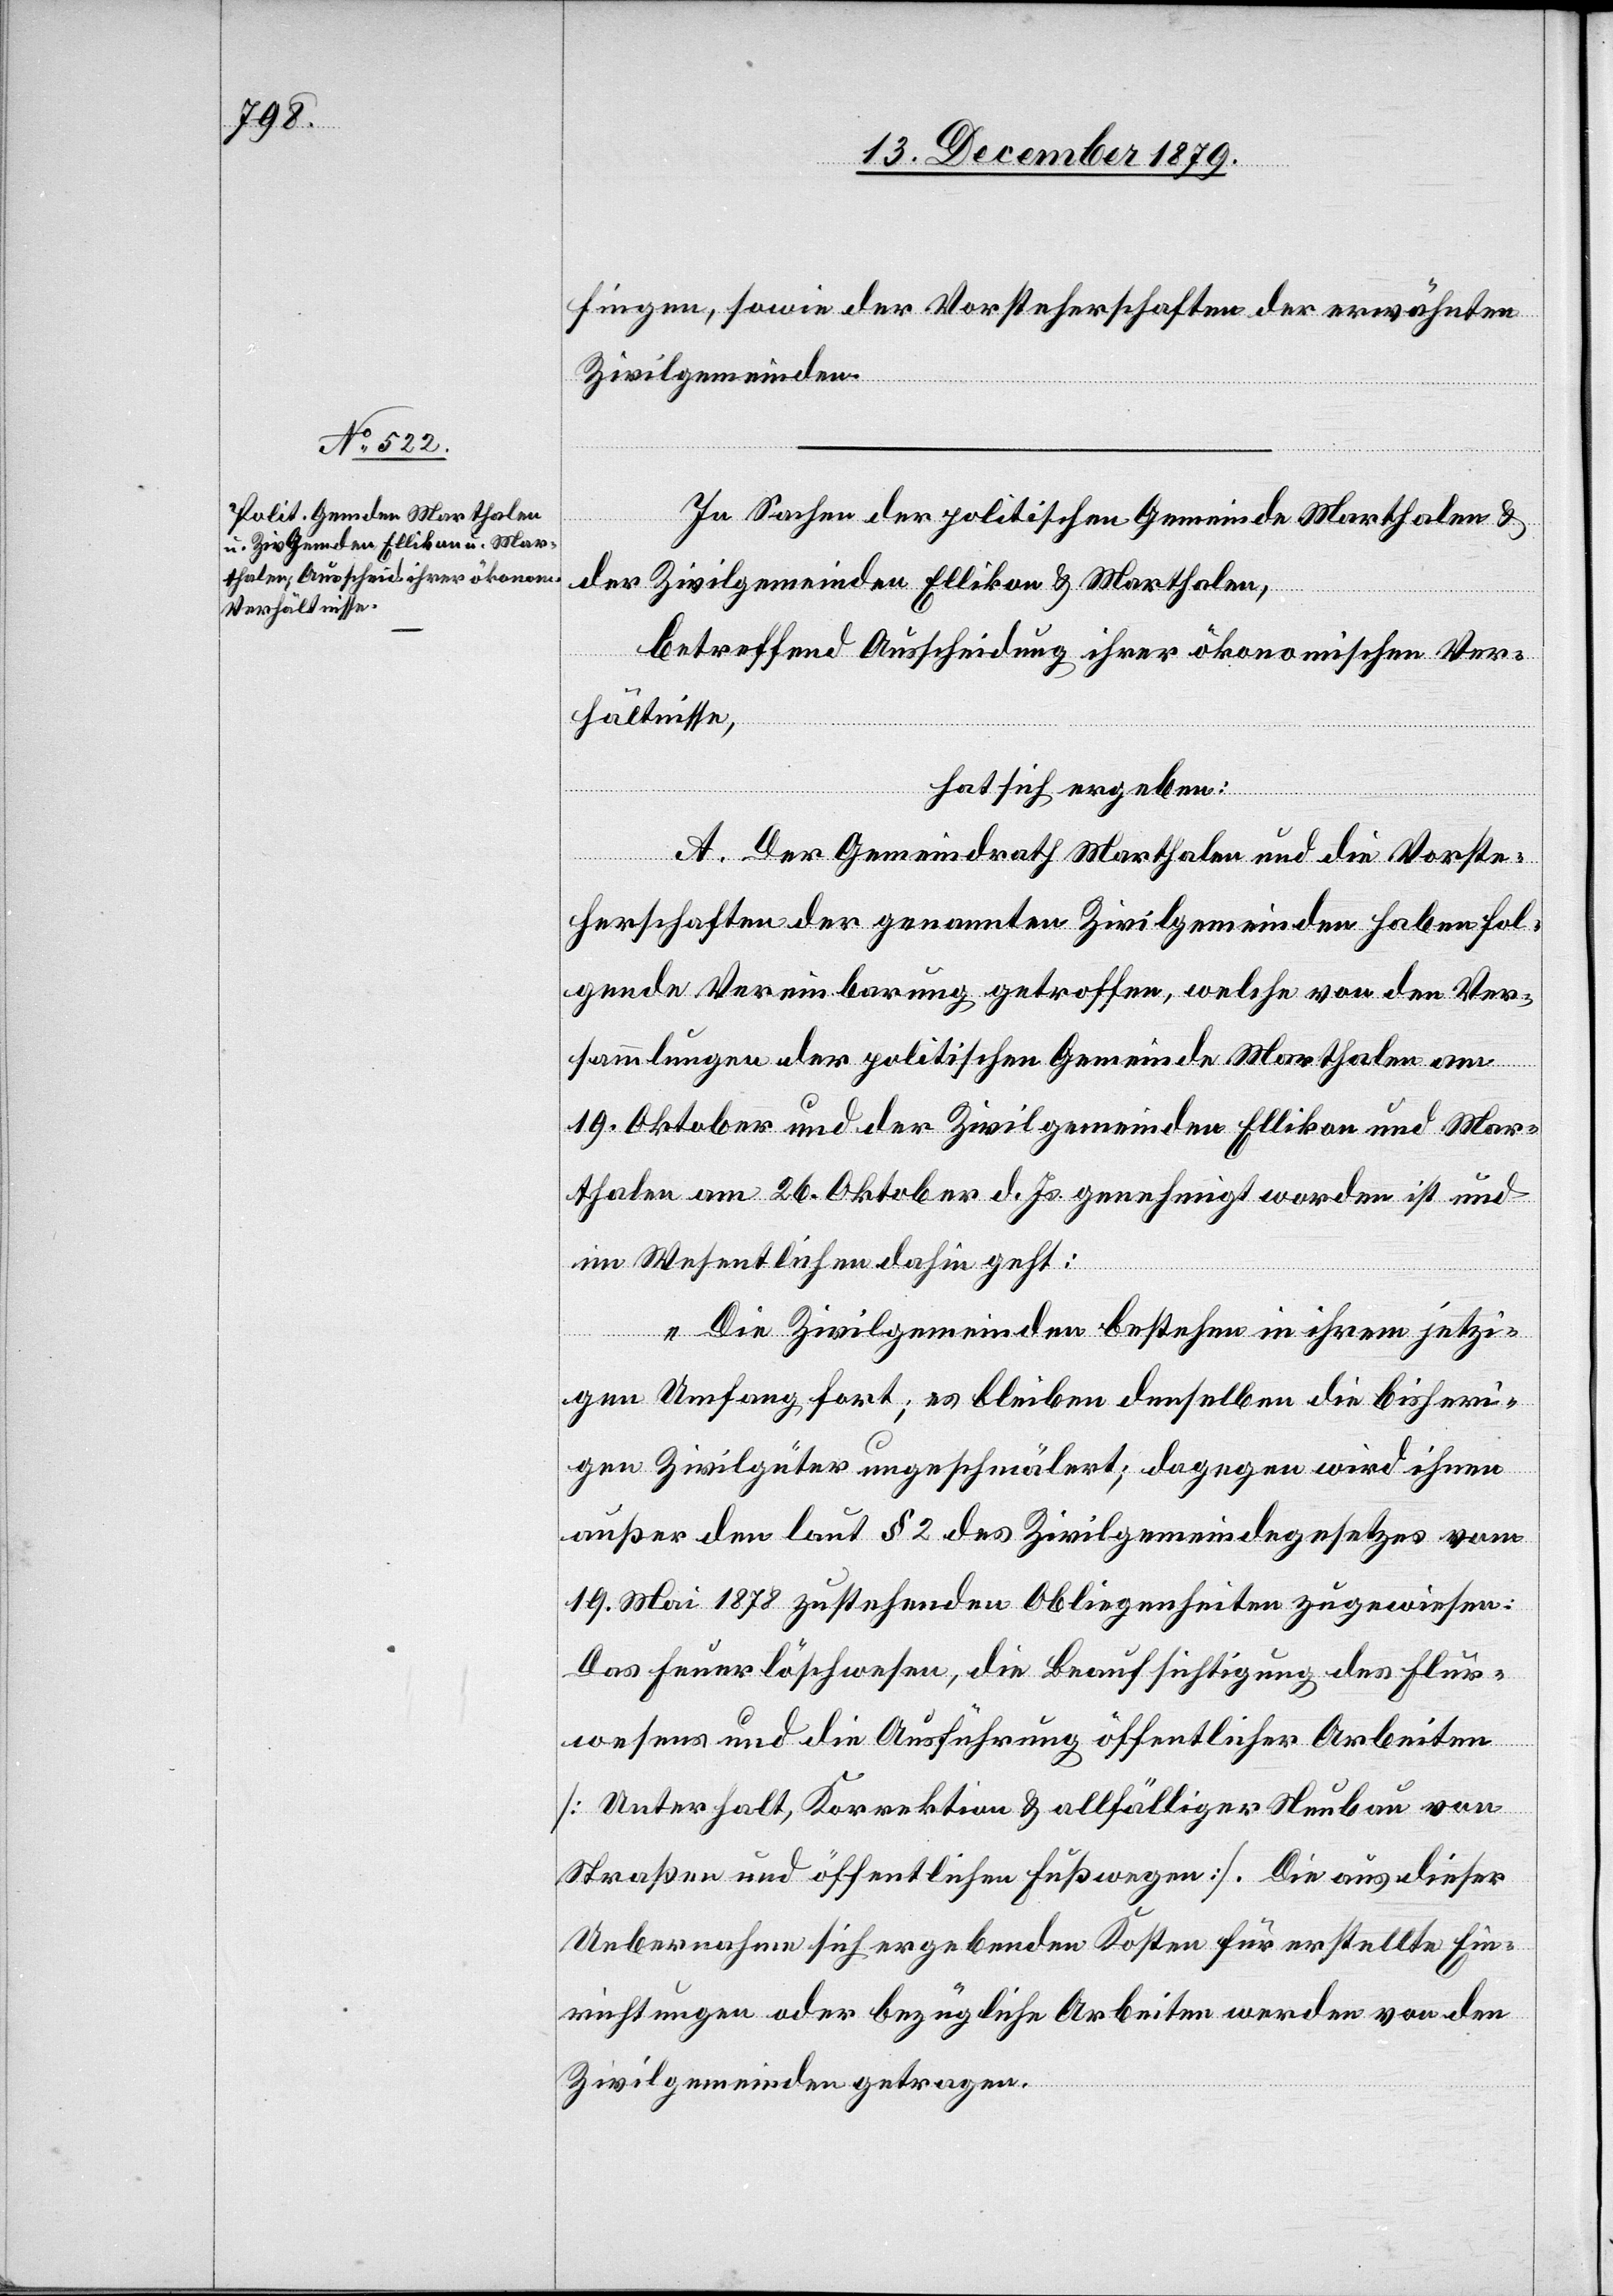
fingen, sowie der Vorsteherschaften der erwähnten
Zivilgemeinden.
In Sachen der politischen Gemeinde Marthalen &
der Zivilgemeinden Ellikon & Marthalen,
betreffend Ausscheidung ihrer ökonomischen Ver¬
hältnisse,
hat sich ergeben:
A. Der Gemeindrath Marthalen und die Vorste¬
herschaften der genannten Zivilgemeinden haben fol¬
gende Vereinbarung getroffen, welche von den Ver¬
sammlungen der politischen Gemeinde Marthalen am
19. Oktober und der Zivilgemeinden Ellikon und Mar¬
thalen am 26. Oktober d. Js. genehmigt worden ist und
im Wesentlichen dahin geht:
„Die Zivilgemeinden bestehen in ihrem jetzi¬
gen Umfang fort; es bleiben denselben die bisheri¬
gen Zivilgüter ungeschmälert; dagegen wird ihnen
außer den laut § 2 des Zivilgemeindegesetzes vom
19. Mai 1878 zustehenden Obliegenheiten zugewiesen:
Das Feuerlöschwesen, die Beaufsichtigung des Flur¬
wesens und die Ausführung öffentlicher Arbeiten
[Unterhalt, Korrektion & allfälliger Neubau von
Straßen und öffentlichen Fußwegen]. Die aus dieser
Uebernahme sich ergebenden Kosten für erstellte Ein¬
richtungen oder bezügliche Arbeiten werden von den
Zivilgemeinden getragen.